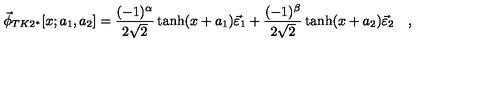
\vec { \phi } _ { T K 2 ^ { * } } [ x ; a _ { 1 } , a _ { 2 } ] = \frac { ( - 1 ) ^ { \alpha } } { 2 \sqrt { 2 } } \tanh ( x + a _ { 1 } ) \vec { \varepsilon } _ { 1 } + \frac { ( - 1 ) ^ { \beta } } { 2 \sqrt { 2 } } \tanh ( x + a _ { 2 } ) \vec { \varepsilon } _ { 2 } \quad ,